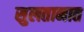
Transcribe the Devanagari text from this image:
सुलतानात